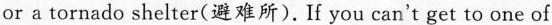
or a tornado shelter(避难所)。If you can't get to one of